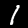
Digit: 1